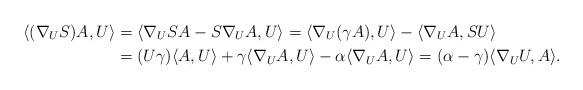
LaTeX: \begin{align*}\langle(\nabla_U S)A,U\rangle&{}=\langle\nabla_U SA-S\nabla_UA,U\rangle=\langle\nabla_U(\gamma A),U\rangle-\langle \nabla_UA,SU\rangle\\&{}=(U\gamma)\langle A,U\rangle+\gamma\langle\nabla_UA,U\rangle-\alpha\langle\nabla_UA,U\rangle=(\alpha-\gamma)\langle\nabla_UU,A\rangle.\end{align*}